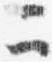
二